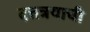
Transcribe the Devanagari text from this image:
दत्तत्रयाची